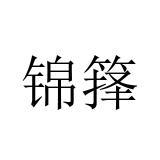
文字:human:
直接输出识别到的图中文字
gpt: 锦箨